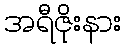
အရီဇိုးနား